Rangoon Lunatic Asylum 1898-1906 - 1898-1906
Year: 1898
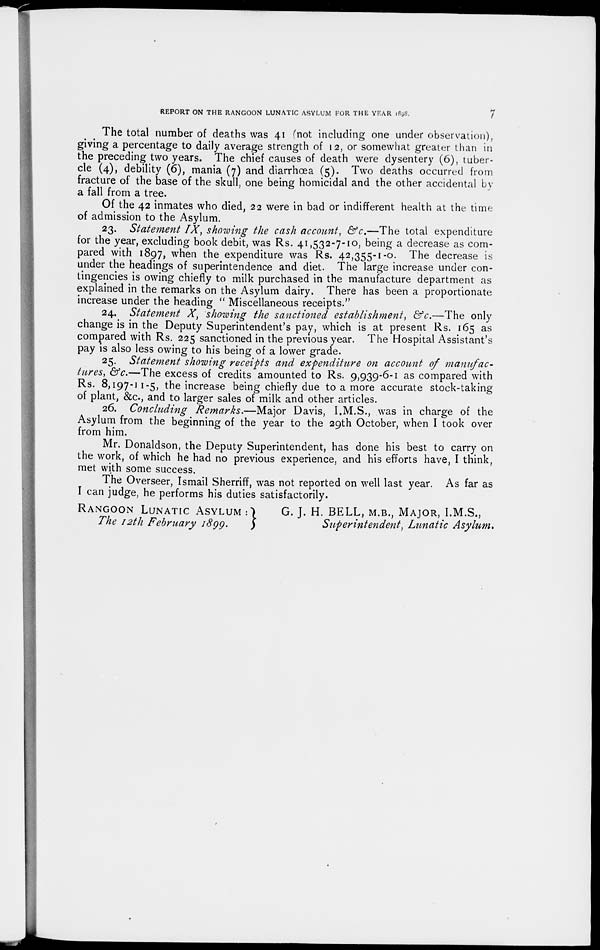
REPORT ON THE RANGOON LUNATIC ASYLUM FOR THE YEAR 1898.
7
The total number of deaths was 41 (not including one under observation),
giving a percentage to daily average strength of 12, or somewhat greater than in
the preceding two years. The chief causes of death were dysentery (6), tuber-
cle (4), debility (6), mania (7) and diarrhœa (5). Two deaths occurred from
fracture of the base of the skull, one being homicidal and the other accidental by
a fall from a tree.
Of the 42 inmates who died, 22 were in bad or indifferent health at the time
of admission to the Asylum.
23. Statement IX, showing the cash account, &c.—The total expenditure
for the year, excluding book debit, was Rs. 41,532-7-10, being a decrease as com-
pared with 1897, when the expenditure was Rs. 42,355-1-0. The decrease is
under the headings of superintendence and diet. The large increase under con-
tingencies is owing chiefly to milk purchased in the manufacture department as
explained in the remarks on the Asylum dairy. There has been a proportionate
increase under the heading " Miscellaneous receipts."
24. Statement X, showing the sanctioned establishment, &c.—The only
change is in the Deputy Superintendent's pay, which is at present Rs. 165 as
compared with Rs. 225 sanctioned in the previous year. The Hospital Assistant's
pay is also less owing to his being of a lower grade.
25. Statement showing receipts and expenditure on account of manufac-
tures, &c.—The excess of credits amounted to Rs. 9,939-6-1 as compared with
Rs. 8,197-11-5, the increase being chiefly due to a more accurate stock-taking
of plant, &c, and to larger sales of milk and other articles.
26. Concluding Remarks.—Major Davis, I.M.S., was in charge of the
Asylum from the beginning of the year to the 29th October, when I took over
from him.
Mr. Donaldson, the Deputy Superintendent, has done his best to carry on
the work, of which he had no previous experience, and his efforts have, I think,
met with some success.
The Overseer, Ismail Sherriff, was not reported on well last year. As far as
I can judge, he performs his duties satisfactorily.
RANGOON LUNATIC ASYLUM:
The 12th February 1899.
G. J. H. BELL, M.B., MAJOR, I.M.S.,
Superintendent, Lunatic Asylum.